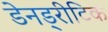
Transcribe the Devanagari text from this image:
डेनड्रीटिक